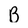
Character: B